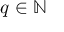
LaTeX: q \in \mathbb { N }